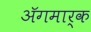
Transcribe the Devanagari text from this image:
अॅगमार्क